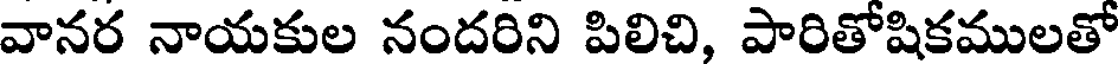
వానర నాయకుల నందరిని పిలిచి, పారితోషికములతో